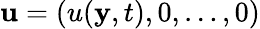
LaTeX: \mathbf{u}=(u(\mathbf{y},t),0,\dots,0)